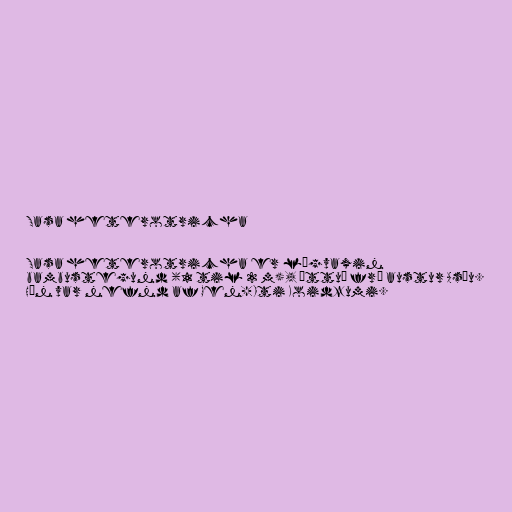
Sasa heterotricha

Sasa heterotricha er lágvaxin
bambustegund (1 til 2 m), ættuð frá austur Asíu.
Hún var nefnd af Gen-Iti Koidzumi.